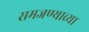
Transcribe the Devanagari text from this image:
समजण्याच्या